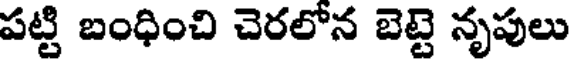
పట్టి బంధించి చెరలోన బెట్టె నృపులు